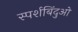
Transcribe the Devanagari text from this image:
स्पर्शबिंदुओ